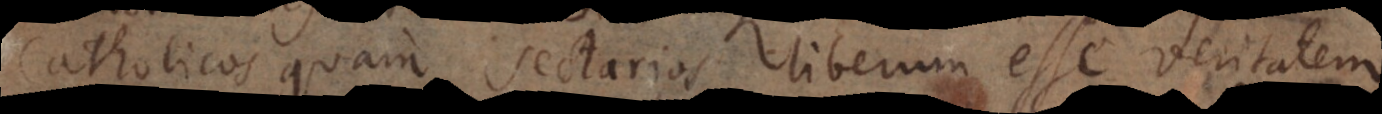
Catholicos quam sectarios liberum esse veritatem